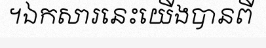
។ឯកសារនេះយើងបានពី